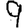
Digit: 9